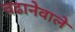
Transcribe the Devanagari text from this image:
चढानेवाले